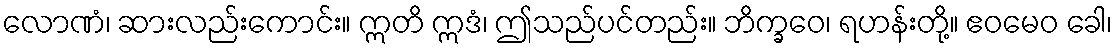
လောဏံ၊ ဆားလည်းကောင်း။ ဣတိ ဣဒံ၊ ဤသည်ပင်တည်း။ ဘိက္ခဝေ၊ ရဟန်းတို့။ ဧဝမေဝ ခေါ၊